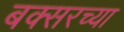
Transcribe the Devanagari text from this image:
बक्सरच्या